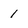
Character: 1